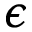
\epsilon